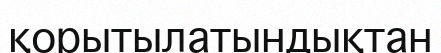
қорытылатындықтан